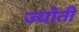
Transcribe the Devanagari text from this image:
ज्‍योती